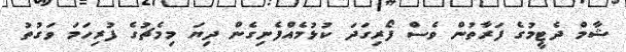
ޝާމް ދެޓީމުގެ ފަރާތުން ވެސް ފޯރިގަދަ ކުޅުމެއްފެނިގެން ދިޔަ މިމެޗުގެ ފުރިހަމަ ވަގުތު